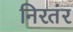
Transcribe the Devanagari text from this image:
निरतंर